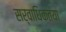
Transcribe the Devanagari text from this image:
सर्वाधिकतया